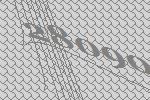
28090